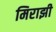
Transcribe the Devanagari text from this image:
मिराझी